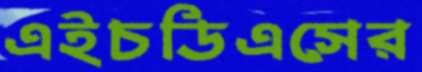
এইচডিএসের